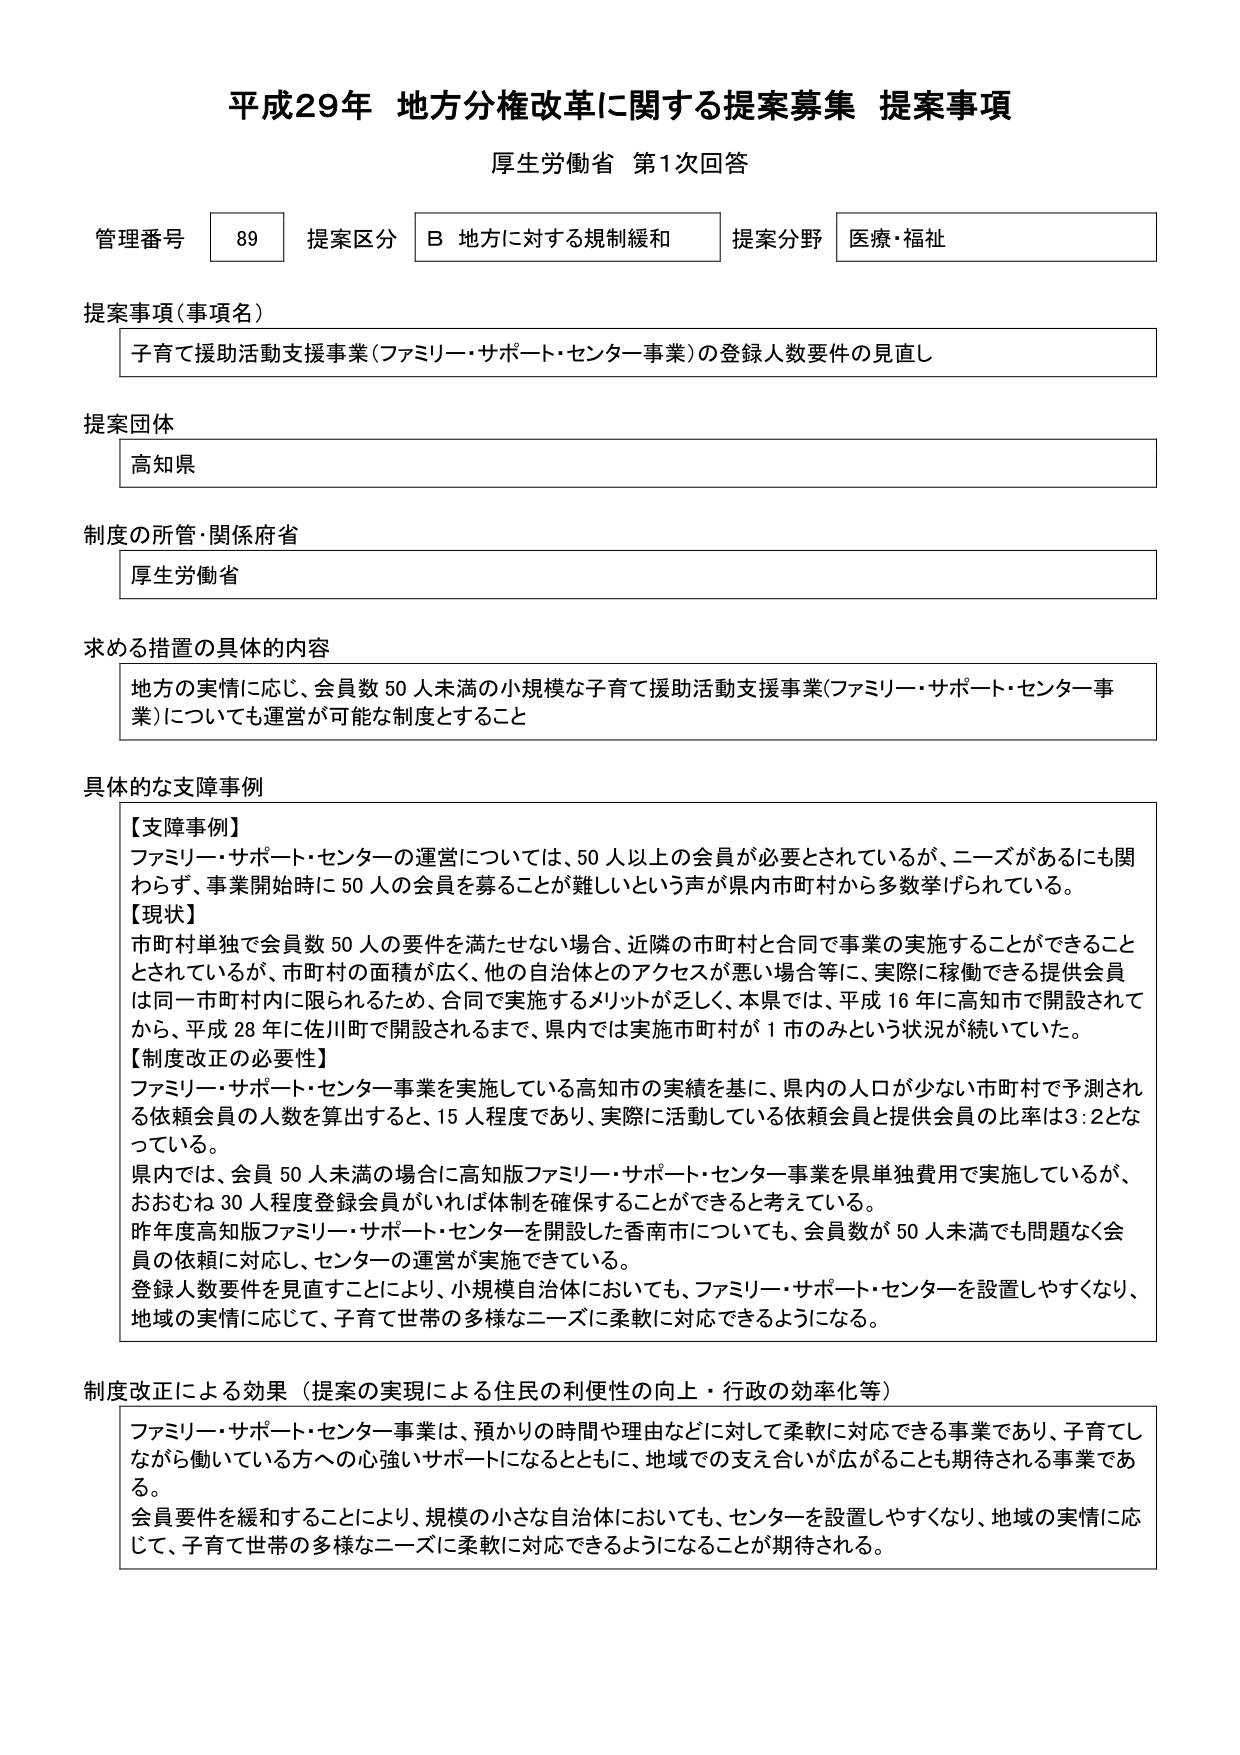
平成29年 地方分権改革に関する提案募集 提案事項
厚生労働省 第1次回答

管理番号 89 提案区分 B 地方に対する規制緩和 提案分野 医療・福祉

提案事項（事項名）
子育て援助活動支援事業（ファミリー・サポート・センター事業）の登録人数要件の見直し

提案団体
高知県

制度の所管・関係府省
厚生労働省

求める措置の具体的な内容
地方の実情に応じ、会員数50人未満の小規模な子育て援助活動支援事業（ファミリー・サポート・センター事業）についても運営が可能な制度とすること

具体的な支障事例
【支障事例】
ファミリー・サポート・センターの運営については、50人以上の会員が必要とされているが、ニーズがあるにも関わらず、事業開始時に50人の会員を募ることが難しいという声が県内市町村から多数挙げられている。
【現状】
市町村単独で会員数50人の要件を満たせない場合、近隣の市町村と合同で事業の実施することができるごととされているが、市町村の面積が広く、他の自治体とのアクセスが悪い場合等に、実際に移動できる提供会員は同一市町村内に限られるため、合同で実施するメリットが乏しく、本県では、平成16年に高知市で開設されてから、平成28年に佐川町で開設されるまで、県内では実施市町村が1市のみという状況が続いていた。
【制度改正の必要性】
ファミリー・サポート・センター事業を実施している高知市の実績を基に、県内の人口が少ない市町村で予測される依頼会員の人数を算出すると、15人程度であり、実際に活動している依頼会員と提供会員の比率は3：2となっている。
県内では、会員50人未満の場合に高知版ファミリー・サポート・センター事業を県単独費用で実施しているが、おおむね30人程度登録会員がいれば体制を確保することができると考えている。
昨年度高知版ファミリー・サポート・センターを開設した香南市についても、会員数が50人未満でも問題なく会員の依頼に対応し、センターの運営が実施できている。
登録人数要件を見直すことにより、小規模自治体においても、ファミリー・サポート・センターを設置しやすくなり、地域の実情に応じて、子育て世帯の多様なニーズに柔軟に対応できるようになる。

制度改正による効果（提案の実現による住民の利便性の向上・行政の効率化等）
ファミリー・サポート・センター事業は、預かりの時間や理由などに対して柔軟に対応できる事業であり、子育てしながら働いている方への心強いサポートになるとともに、地域での支え合いが広がることも期待される事業である。
会員要件を緩和することにより、規模の小さな自治体においても、センターを設置しやすくなり、地域の実情に応じて、子育て世帯の多様なニーズに柔軟に対応できるようになることが期待される。